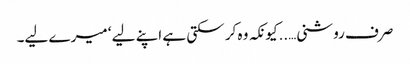
صرف روشنی…..کیونکہ وہ کر سکتی ہے اپنے لیے ‘ میرے لیے۔